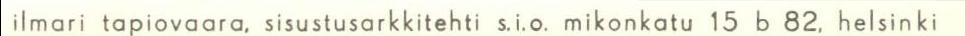
Ilmari Tapiovaara, sisustusarkkitehti s.i.o mikonkatu 15 b 82, helsinki